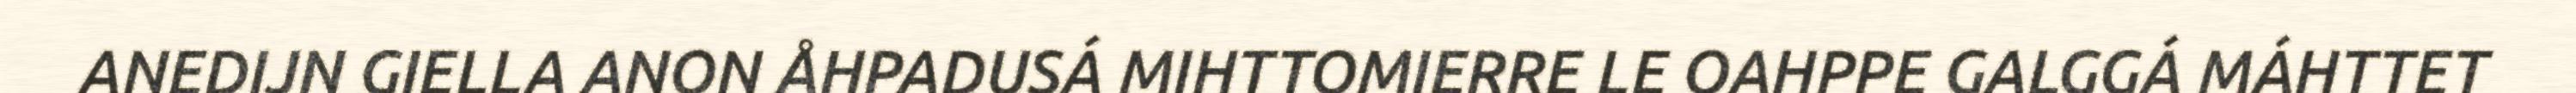
ANEDIJN GIELLA ANON ÅHPADUSÁ MIHTTOMIERRE LE OAHPPE GALGGÁ MÁHTTET